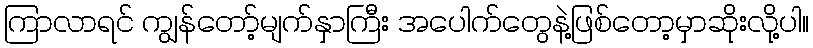
ကြာလာရင် ကျွန်တော့်မျက်နှာကြီး အပေါက်တွေနဲ့ဖြစ်တော့မှာဆိုးလို့ပါ။